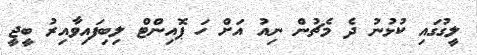
ލީގުގައި ކުޅުނު ދެ މެޗުން ނިއު އަށް ހަ ޕޮއިންޓް ލިބިފައިވާއިރު ބީޖީ